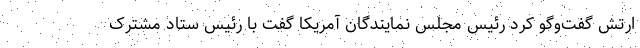
ارتش گفت‌وگو کرد رئیس مجلس نمایندگان آمریکا گفت با رئیس ستاد مشترک